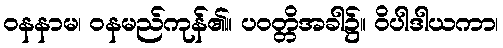
ဝနနာမ၊ ဝနမည်ကုန်၏။ ပဝတ္တိအခါ၌။ ဝိပါဒါယကာ၊